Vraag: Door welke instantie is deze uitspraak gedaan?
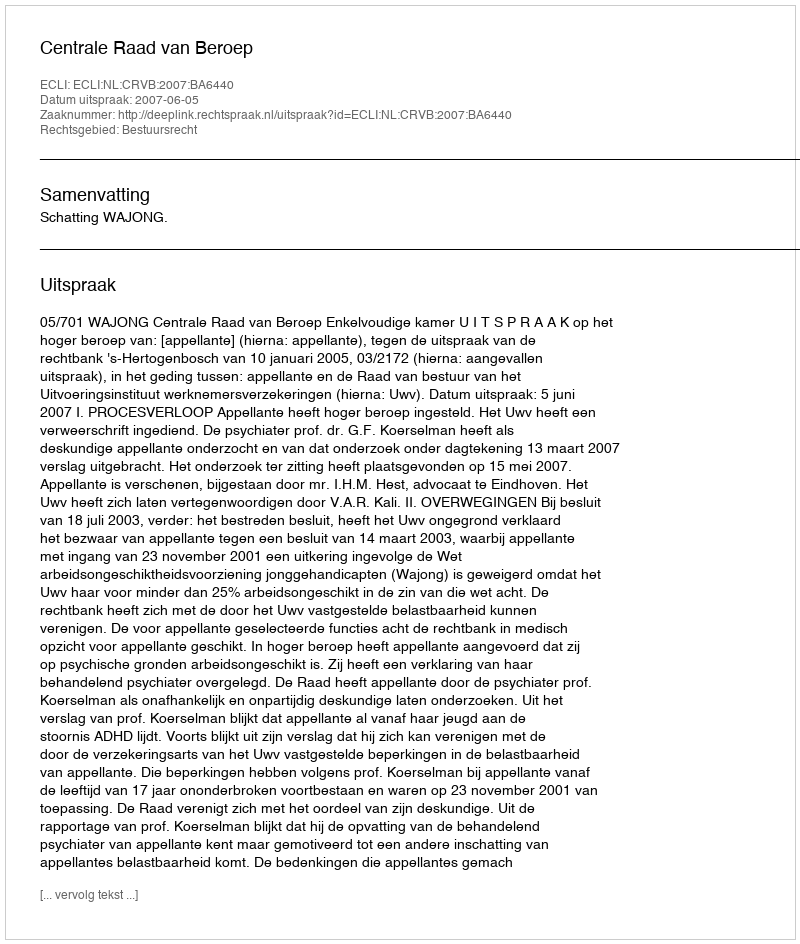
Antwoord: Centrale Raad van Beroep